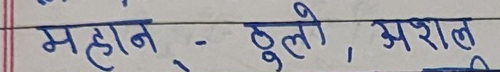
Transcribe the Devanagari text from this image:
महान - ठुलो, असल